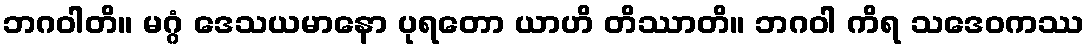
ဘဂဝါတိ။ မဂ္ဂံ ဒေသယမာနော ပုရတော ယာဟိ တိဿာတိ။ ဘဂဝါ ကိရ သဒေဝကဿ